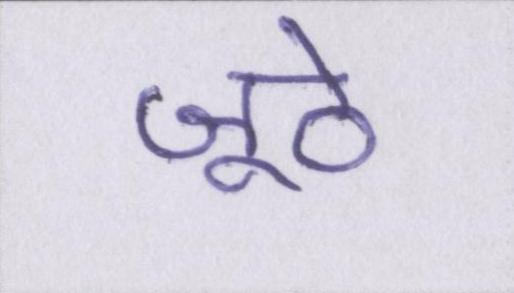
जूठे